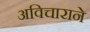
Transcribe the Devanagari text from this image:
अविचाराने